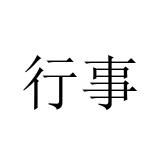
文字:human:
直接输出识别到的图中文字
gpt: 行事